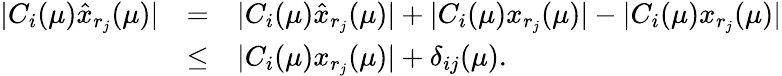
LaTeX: \begin{array}{rcl}{|C_{i}(\mu)\hat{x}_{r_{j}}(\mu)|}&{=}&{|C_{i}(\mu)\hat{x}_{r_{j}}(\mu)|+|C_{i}(\mu)x_{r_{j}}(\mu)|-|C_{i}(\mu)x_{r_{j}}(\mu)|}\\ &{\leq}&{|C_{i}(\mu)x_{r_{j}}(\mu)|+\delta_{ij}(\mu).}\end{array}